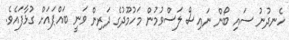
ހެނދުނު ސައި ބޯން ނައިސް ލަސްވުމުން މަހުމޫދުގެ ދަރިން ވަނީ ބައްޕައަށް ގުޅާފައެވެ.